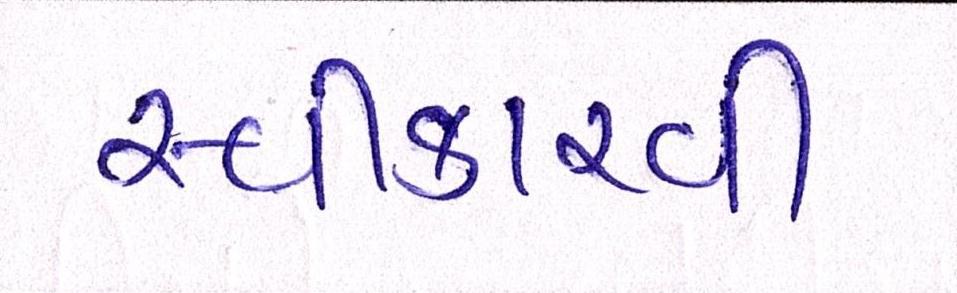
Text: સ્વીકારવી